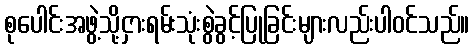
စုပေါင်းအဖွဲ့သို့ငှားရမ်းသုံးစွဲခွင့်ပြုခြင်းများလည်းပါဝင်သည်။